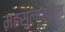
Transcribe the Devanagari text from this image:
महसुलावरील